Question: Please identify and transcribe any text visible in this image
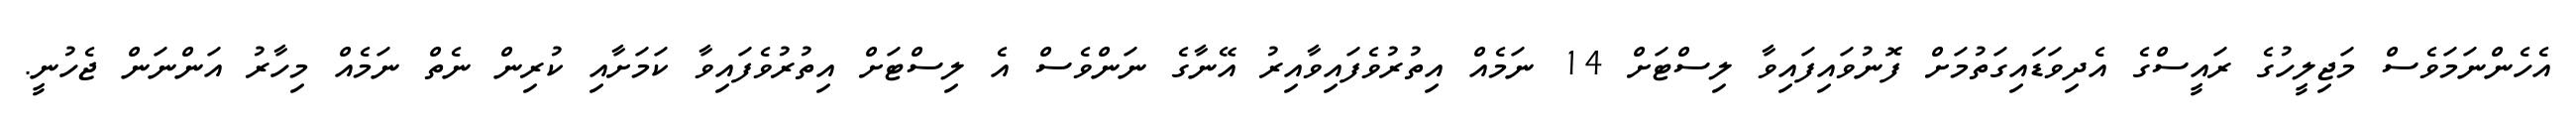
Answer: އެހެންނަމަވެސް މަޖިލީހުގެ ރައީސްގެ އެދިވަޑައިގަތުމަށް ފޮނުވައިފައިވާ ލިސްޓަށް 14 ނަމެއް އިތުރުވެފައިވާއިރު އޭނާގެ ނަންވެސް އެ ލިސްޓަށް އިތުރުވެފައިވާ ކަމަށާއި ކުރިން ނެތް ނަމެއް މިހާރު އަންނަން ޖެހުނީ.